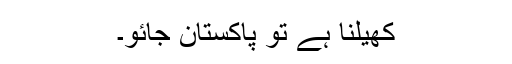
کھیلنا ہے تو پاکستان جائو۔